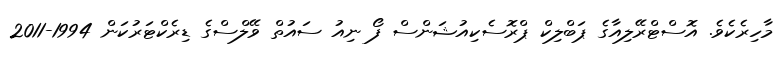
މާހިރެކެވެ. އޮސްޓްރޭލިއާގެ ޕަބްލިކް ޕްރޮސެކިއުޝަންސް ފޯ ނިއު ސައުތް ވޭލްސްގެ ޑިރެކްޓަރުކަން 1994-2011